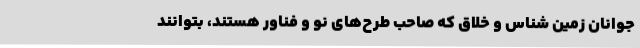
جوانان زمین شناس و خلاق که صاحب طرح‌های نو و فناور هستند، بتوانند